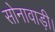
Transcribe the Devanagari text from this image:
सोनावाड़ी।